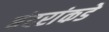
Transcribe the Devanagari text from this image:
बंदरांकडे